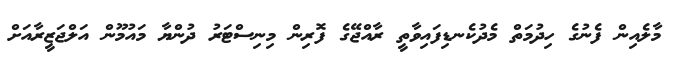
މާލެއިން ފެނުގެ ހިދުމަތް މެދުކެނޑިފައިވާތީ ރާއްޖޭގެ ފޮރިން މިނިސްޓަރު ދުންޔާ މައުމޫން އަލްޖަޒީރާއަށް